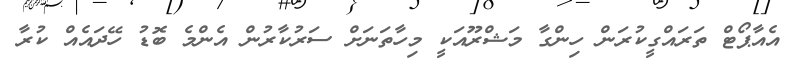
އެއާޕޯޓް ތަރައްގީކުރަން ހިންގާ މަޝްރޫއަކީ މިހާތަނަށް ސަރުކާރުން އެންމެ ބޮޑު ހޭދައެއް ކުރާ